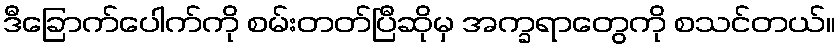
ဒီခြောက်ပေါက်ကို စမ်းတတ်ပြီဆိုမှ အက္ခရာတွေကို စသင်တယ်။